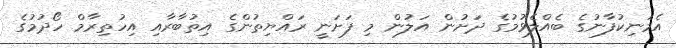
އެމަނިކުފާނުގެ ބެއްލެވުމުގެ ދަށުން އަލުން މި ފަށަނީ ރައްޔިތުންގެ އިތުބާރާއި އިހުތިރާމް ހޯދުމުގެ